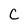
Character: C